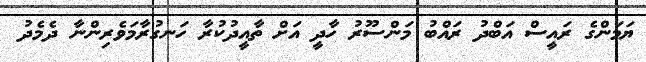
ޔަމަންގެ ރައީސް އަބްދު ރައްބު މަންސޫރު ހާދީ އަށް ތާއީދުކުރާ ހަނގުރާމަވެރިންނާ ދެމެދު